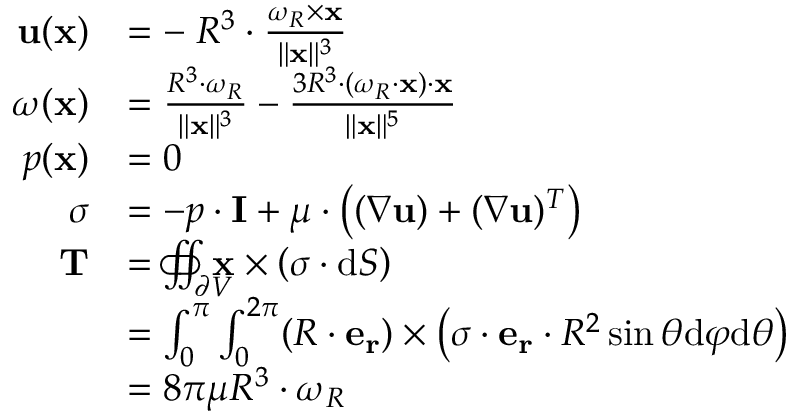
{ \begin{array} { r l } { \mathbf { u } ( \mathbf { x } ) } & { = - \; R ^ { 3 } \cdot { \frac { { \boldsymbol { \omega } } _ { R } \times \mathbf { x } } { \| \mathbf { x } \| ^ { 3 } } } } \\ { { \boldsymbol { \omega } } ( \mathbf { x } ) } & { = { \frac { R ^ { 3 } \cdot { \boldsymbol { \omega } } _ { R } } { \| \mathbf { x } \| ^ { 3 } } } - { \frac { 3 R ^ { 3 } \cdot ( { \boldsymbol { \omega } } _ { R } \cdot \mathbf { x } ) \cdot \mathbf { x } } { \| \mathbf { x } \| ^ { 5 } } } } \\ { p ( \mathbf { x } ) } & { = 0 } \\ { { \boldsymbol { \sigma } } } & { = - p \cdot \mathbf { I } + \mu \cdot \left( ( \nabla \mathbf { u } ) + ( \nabla \mathbf { u } ) ^ { T } \right) } \\ { \mathbf { T } } & { = \iint _ { \partial V } \! \! \! \! \! \! \! \! \! \! \! \! \! \! \subset \! \supset \mathbf { x } \times \left( { \boldsymbol { \sigma } } \cdot { \mathrm { d } } { \boldsymbol { S } } \right) } \\ & { = \int _ { 0 } ^ { \pi } \int _ { 0 } ^ { 2 \pi } ( R \cdot \mathbf { e _ { r } } ) \times \left( { \boldsymbol { \sigma } } \cdot \mathbf { e _ { r } } \cdot R ^ { 2 } \sin \theta { \mathrm { d } } \varphi { \mathrm { d } } \theta \right) } \\ & { = 8 \pi \mu R ^ { 3 } \cdot { \boldsymbol { \omega } } _ { R } } \end{array} }